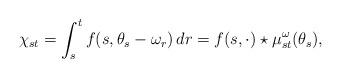
LaTeX: \begin{align*} \chi_{st} = \int_s^t f(s,\theta_s-\omega_r)\,dr = f(s,\cdot)\star\mu^\omega_{st}(\theta_s), \end{align*}